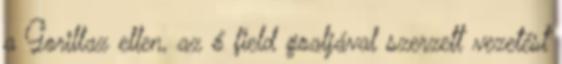
a Gorillaz ellen, az ő field goaljával szerzett vezetést